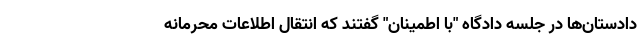
دادستان‌ها در جلسه دادگاه "با اطمینان" گفتند که انتقال اطلاعات محرمانه